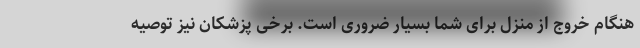
هنگام خروج از منزل برای شما بسیار ضروری است. برخی پزشکان نیز توصیه